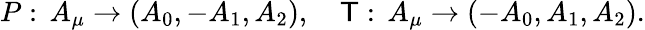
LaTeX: P:\, A_{\mu}\rightarrow(A_{0},-A_{1},A_{2}),\quad\mathsf{T}:\, A_{\mu}\rightarrow(-A_{0},A_{1},A_{2}).